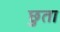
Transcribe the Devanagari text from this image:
छुता